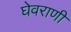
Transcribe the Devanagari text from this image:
घेवराणी